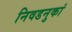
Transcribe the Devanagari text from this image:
निवडनुकां